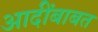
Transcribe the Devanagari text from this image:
आदींबाबत